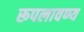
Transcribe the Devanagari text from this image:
रूपलावण्य